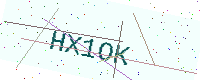
Text: HX1OK